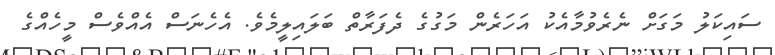
ސައިކަލު މަގަށް ނެރެވުމާއެކު އަހަރެން މަގުގެ ދެފަރާތް ބަލައިލީމެވެ. އެހެނަސް އެއްވެސް މީހެއްގެ